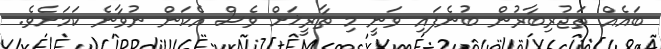
ބައެއް ތަޖުރިބާރުން ބުނެފައި ވަނީ މި ތާރީޚަށް ވެސް އެކަން ނުވާނެ ކަމަށެވެ.